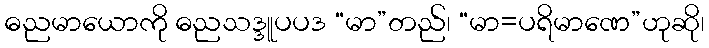
ဓညမာယောကို ဓညသဒ္ဒူပပဒ “မာ”တည်၊ “မာ=ပရိမာဏေ”ဟုဆို၊